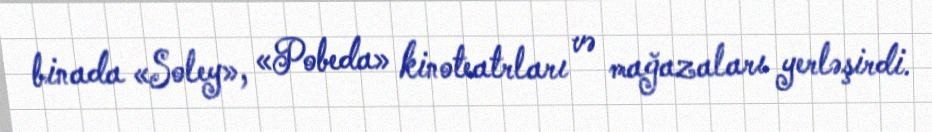
binada «Soley», «Pobeda» kinoteatrları və mağazaları yerləşirdi.